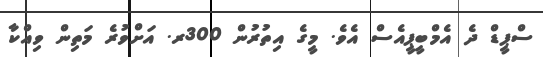
ސްޕީޑް ދެ އެމްބީޕީއެސް އެވެ. މީގެ އިތުރުން 300ރ. އަށްވުރެ މަތިން ވިއްކާ